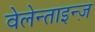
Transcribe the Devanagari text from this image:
वेलेन्ताइन्ज़